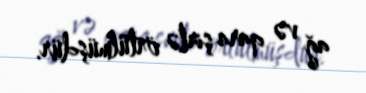
ağ və qara şirlə örtülmüşdür.